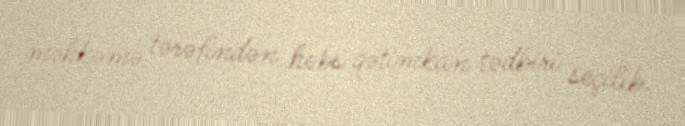
məhkəmə tərəfindən həbs qətimkan tədbiri seçilib.